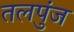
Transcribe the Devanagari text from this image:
तलपुंज